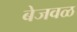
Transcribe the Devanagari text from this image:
बेजवळ